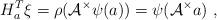
LaTeX: \begin{align*} H_a^T \xi = \rho(\mathcal{A}^\times \psi(a))= \psi(\mathcal{A}^\times a)~,\end{align*}